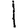
Digit: 1